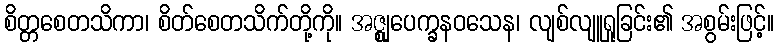
စိတ္တစေတသိကာ၊ စိတ်စေတသိက်တို့ကို။ အဇ္ဈုပေက္ခနဝသေန၊ လျစ်လျူရှုခြင်း၏ အစွမ်းဖြင့်။